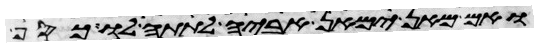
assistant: ואם מאן ימאן אביה לתתה לו כסף